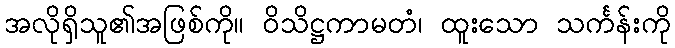
အလိုရှိသူ၏အဖြစ်ကို။ ဝိသိဋ္ဌကာမတံ၊ ထူးသော သင်္ကန်းကို